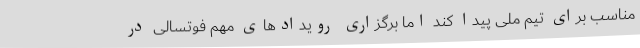
مناسب برای تیم ملی پیدا کند اما برگزاری رویدادهای مهم فوتسالی در